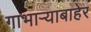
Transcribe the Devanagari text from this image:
गाभाऱ्याबाहेर